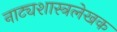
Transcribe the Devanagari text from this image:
नाट्यशास्त्रलेखक